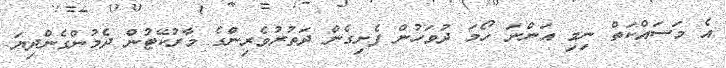
އެ މަސައްކަތް ނިމި އަންނަ ހޯމަ ދުވަހުން ފެށިގެން ދަތުރުވެރިންގެ މާރުކޭޓުން ދެމުންގެންދިޔަ